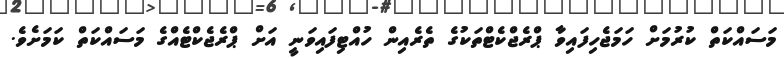
މަސައްކަތް ކުރުމަށް ހަމަޖެހިފައިވާ ޕްރެޖްކެޓްތަކުގެ ތެރެއިން ހުއްޓިފައިވަނީ އަށް ޕްރެޖެކްޓެއްގެ މަސައްކަތް ކަމަށެވެ.